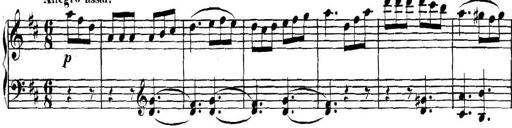
Title: Collected Piano Sonatas
Composer: Muzio Clementi